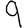
Digit: 9